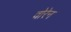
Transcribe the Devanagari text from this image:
वोरेन